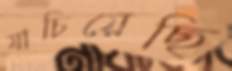
যাচিয়েছি